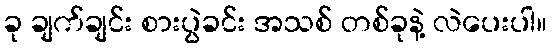
ခု ချက်ချင်း စားပွဲခင်း အသစ် တစ်ခုနဲ့ လဲပေးပါ။